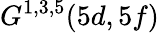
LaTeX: G^{1,3,5}(5d,5f)